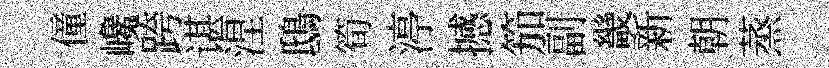
僮巉跨谌涅鴟筍渟撼笳副畿新朝蒸